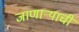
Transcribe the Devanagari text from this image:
जाणार्‍याची